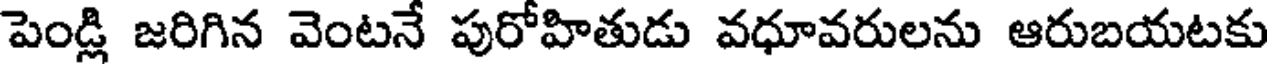
పెండ్లి జరిగిన వెంటనే పురోహితుడు వధూవరులను ఆరుబయటకు